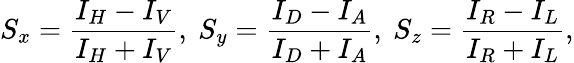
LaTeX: S_{x}=\frac{I_{H}-I_{V}}{I_{H}+I_{V}},\ S_{y}=\frac{I_{D}-I_{A}}{I_{D}+I_{A}},\ S_{z}=\frac{I_{R}-I_{L}}{I_{R}+I_{L}},